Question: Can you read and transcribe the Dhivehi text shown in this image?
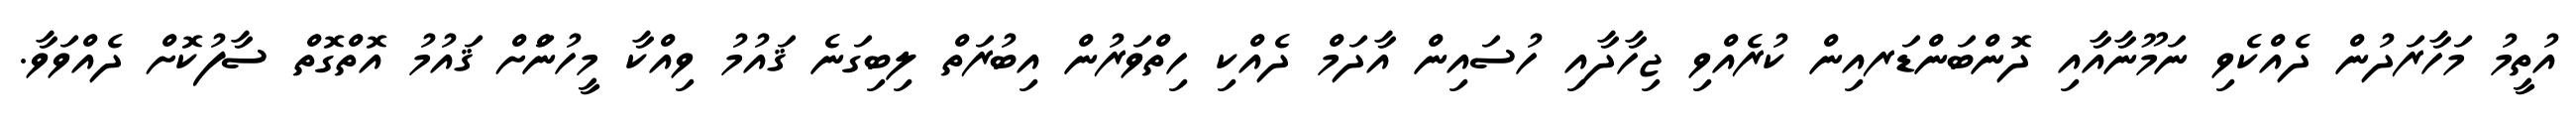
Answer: އުތީމު މަހާރަދުން ދެއްކެވި ނަމޫނާއާއި ދޮންބަންޑަރއިން ކުރެއްވި ޖިހާދާއި ހުސައިން އާދަމް ދެއްކި ހިތްވަރުން އިބުރަތް ލިބިގަނެ ޤައުމު ވިއްކާ މީހުންަށް ޤައުމު އޮތްގޮތް ސާފުކޮށް ދެއްވަވާ.